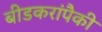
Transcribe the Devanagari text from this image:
बीडकरांपैकी